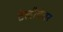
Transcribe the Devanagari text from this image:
टेलीवंचर